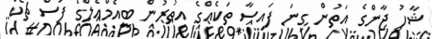
ޝާހު ޖާންގެ އަތުން ގިނަ ފައިސާ ތަކެއްގެ އިތުރުން ބީއެމްއެލްގެ ފަސް ޗެކް